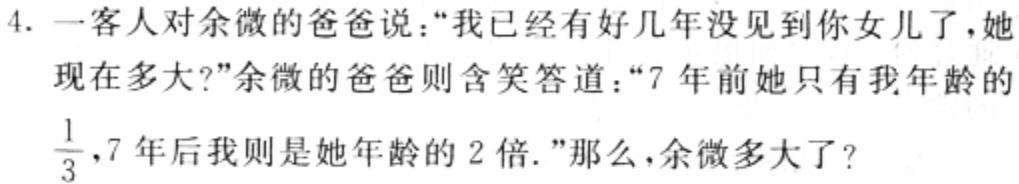
4. 一客人对余微的爸爸说：“我已经有好几年没见到你女儿了，她现在多大？”余微的爸爸则含笑答道：“7年前她只有我年龄的$\frac{1}{3}$，7年后我则是她年龄的2倍.”那么，余微多大了？